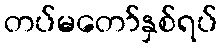
တပ်မတော်နှစ်ရပ်